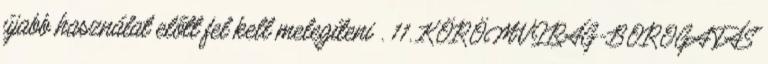
újabb használat előtt fel kell melegíteni . 11. KÖRÖMVIRÁG-BOROGATÁS